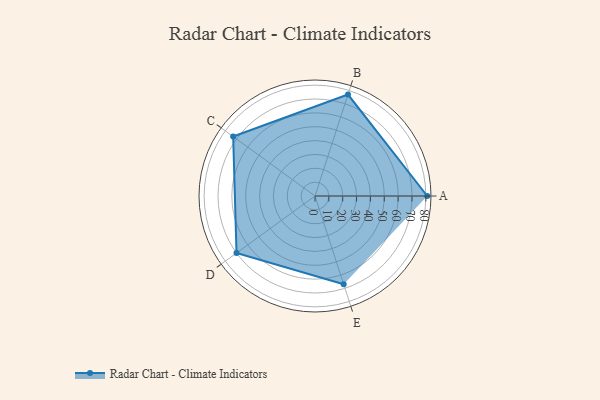
{"axis": {"x": "Skill", "y": "Score"}, "legend": ["Profile"], "data": [{"x": "A", "y": 81.0, "type": "Profile"}, {"x": "B", "y": 77.0, "type": "Profile"}, {"x": "C", "y": 73.0, "type": "Profile"}, {"x": "D", "y": 70.0, "type": "Profile"}, {"x": "E", "y": 67.0, "type": "Profile"}]}